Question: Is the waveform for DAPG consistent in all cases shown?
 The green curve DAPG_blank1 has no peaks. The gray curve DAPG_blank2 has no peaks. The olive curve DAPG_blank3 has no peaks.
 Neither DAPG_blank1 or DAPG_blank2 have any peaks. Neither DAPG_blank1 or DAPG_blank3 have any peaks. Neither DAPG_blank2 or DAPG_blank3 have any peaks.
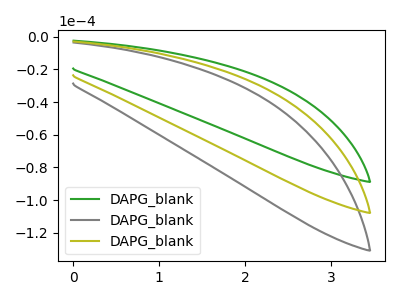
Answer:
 <answer>All the CV's of "DAPG" have similar shape.</answer>
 <eval>follow_rule</eval>